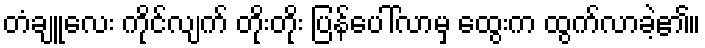
တံချူလေး ကိုင်လျက် တိုးတိုး ပြန်ပေါ်လာမှ ထွေးက ထွက်လာခဲ့၏။